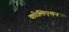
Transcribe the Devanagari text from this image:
कोलिएशन